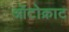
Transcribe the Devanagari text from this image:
ऑटोक्राट